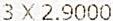
3 X 2.9000